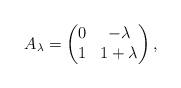
LaTeX: \begin{align*} A_\lambda=\begin{pmatrix} 0 & -\lambda\\ 1 & 1+\lambda\end{pmatrix},\end{align*}